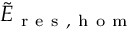
\tilde { E } _ { \mathrm { ~ r ~ e ~ s ~ , ~ h ~ o ~ m ~ } }